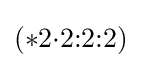
(*2{\cdot }2{:}2{:}2)